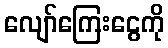
လျော်ကြေးငွေကို